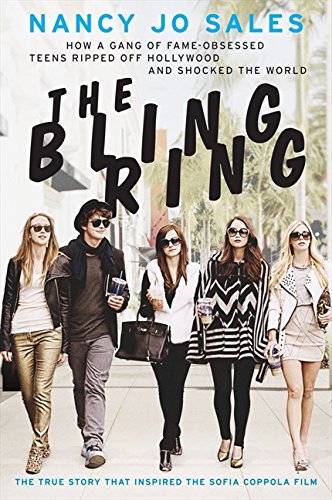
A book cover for The Bling Ring: How a Gang of Fame-Obsessed Teens Ripped Off Hollywood and Shocked the World; Nancy Jo Sales; Biographies & Memoirs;